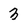
Character: 3